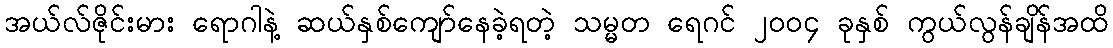
အယ်လ်ဇိုင်းမား ရောဂါနဲ့ ဆယ်နှစ်ကျော်နေခဲ့ရတဲ့ သမ္မတ ရေဂင် ၂၀၀၄ ခုနှစ် ကွယ်လွန်ချိန်အထိ